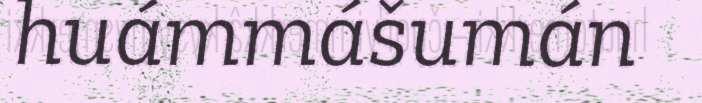
huámmášumán